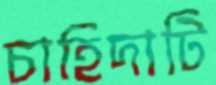
চাহিদাটি